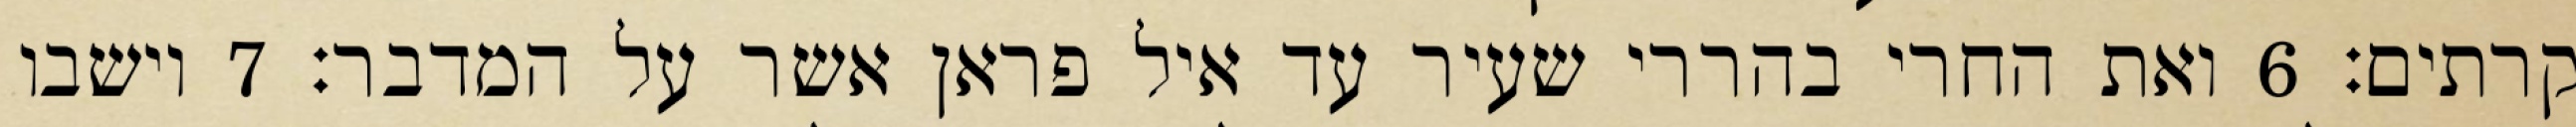
קרתים׃ ‎6‏ ואת החרי בהררי שעיר עד איל פראן אשר על המדבר׃ ‎7‏ וישבו